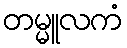
တမ္မူလကံ